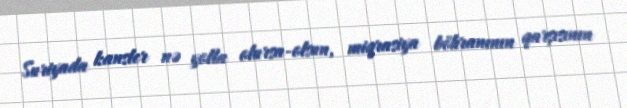
Suriyada kansler nə yolla olursa-olsun, miqrasiya böhranının qarşısının